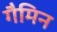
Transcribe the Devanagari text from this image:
गैमिन